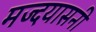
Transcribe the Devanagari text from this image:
मज्दयासनी